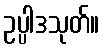
ဥပ္ပါဒသုတ်။